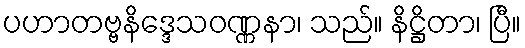
ပဟာတဗ္ဗနိဒ္ဒေသဝဏ္ဏနာ၊ သည်။ နိဋ္ဌိတာ၊ ပြီ။